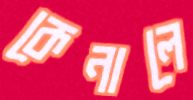
কেনালে